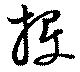
投